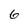
Character: 6